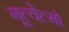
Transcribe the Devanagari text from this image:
गूल्येल्मो